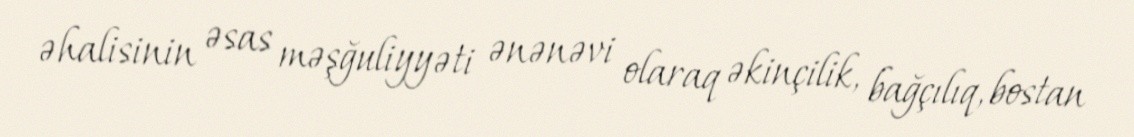
əhalisinin əsas məşğuliyyəti ənənəvi olaraq əkinçilik, bağçılıq, bostan